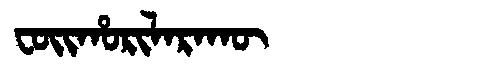
Manchu: ᠸᠣᡳᡥᠣᡵᡳᠯᠠᡵᠠᡴᡡ
Romanization: FOIHORILARAKŪ